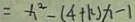
= x ^ { 2 } - ( 4 + k ) x - 1